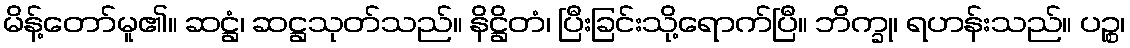
မိန့်တော်မူ၏။ ဆဋ္ဌံ၊ ဆဋ္ဌသုတ်သည်။ နိဋ္ဌိတံ၊ ပြီးခြင်းသို့ရောက်ပြီ။ ဘိက္ခု၊ ရဟန်းသည်။ ပဉ္စ၊